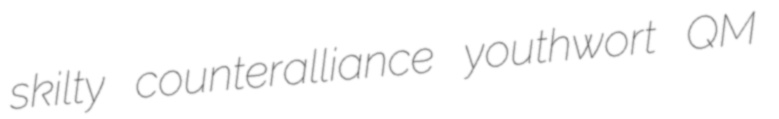
skilty counteralliance youthwort QM